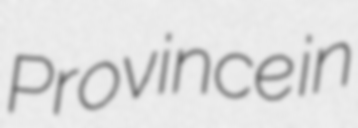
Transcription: Province in